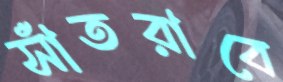
সাঁতরাবে